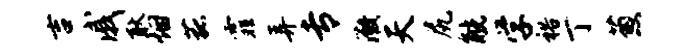
吉戚耿烟菰霏弄专微天尻觥学裕丁葱